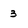
Character: 3